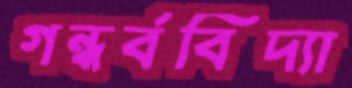
গন্ধর্ববিদ্যা